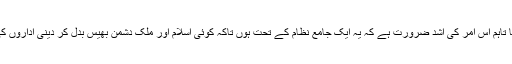
ان کی ضرورت و اہمیت سے انکار نہیں کیا جا سکتا تاہم اس امر کی اشد ضرورت ہے کہ یہ ایک جامع نظام کے تحت ہوں تاکہ کوئی اسلام اور ملک دشمن بھیس بدل کر دینی اداروں کی آڑ لے کر اسلام اور پاکستان کو بدنام نہ کر سکے۔